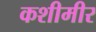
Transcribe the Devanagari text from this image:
कशीमीर